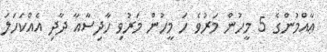
ޢާއްމުންގެ 5 މީހުން މަރުވެ ހަ މީހުން މަރުވި ހާދިސާއާ ދާދި އެއްކަހަލަ